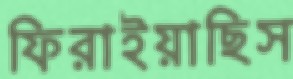
ফিরাইয়াছিস